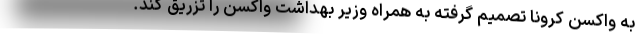
به واکسن کرونا تصمیم گرفته به همراه وزیر بهداشت واکسن را تزریق کند.